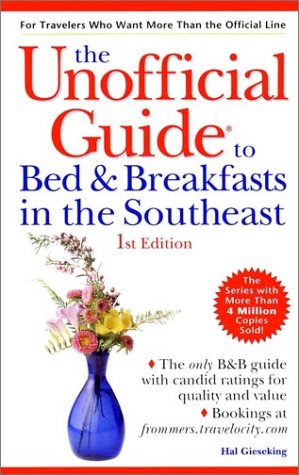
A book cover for The Unofficial Guide to Bed & Breakfasts in the Southeast (Unofficial Guides); Hal Gieseking; Travel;